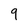
Character: 9